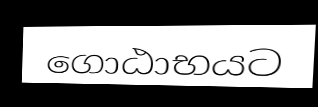
ගොඨාභයට